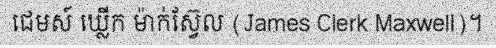
ជេមស៍ ឃ្លើក ម៉ាក់ស្វ៊ែល (James Clerk Maxwell)។